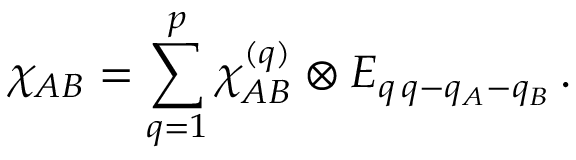
\chi _ { A B } = \sum _ { q = 1 } ^ { p } \chi _ { A B } ^ { ( q ) } \otimes E _ { q \, q - q _ { A } - q _ { B } } \, .